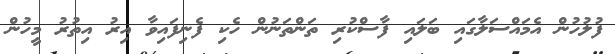
ފުލުހުން އެމައްސަލާގައި ބަލައި ފާސްކުރި ތަންތަނުން ހެކި ފެނިފައިވާ އިރު އިތުރު މީހުން